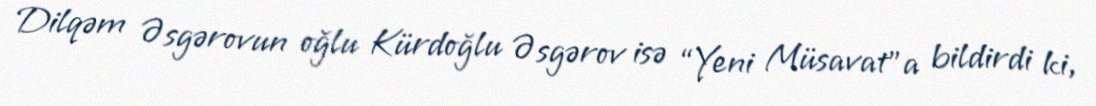
Dilqəm Əsgərovun oğlu Kürdoğlu Əsgərov isə “Yeni Müsavat”a bildirdi ki,